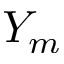
Y _ { m }